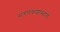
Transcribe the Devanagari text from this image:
संगणकशास्त्राचे